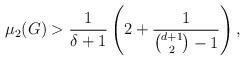
LaTeX: \begin{align*} \mu_2(G) > \frac{1}{\delta+1} \left( 2+ \frac{1}{\binom{d+1}{2}-1} \right), \end{align*}